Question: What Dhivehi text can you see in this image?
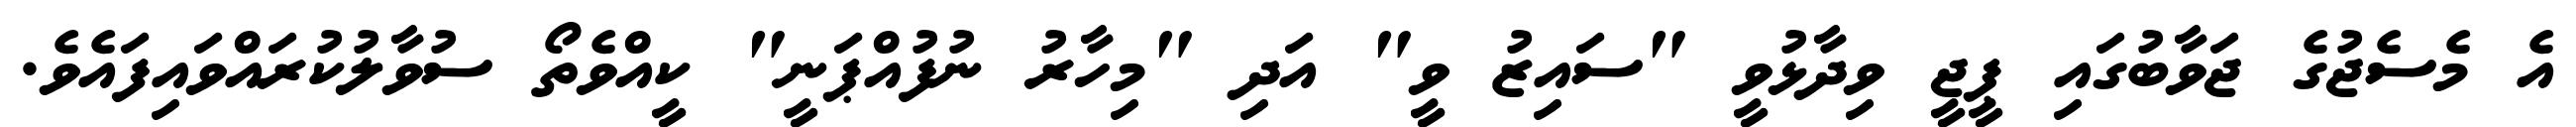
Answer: އެ މެސެޖުގެ ޖަވާބުގައި ޕީޖީ ވިދާޅުވީ "ސައިޒު ވީ" އަދި "މިހާރު ނުފުއްޕަނީ" ކީއްވެތޯ ސުވާލުކުރައްވައިފައެވެ.